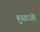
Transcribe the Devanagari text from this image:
हुसाओ